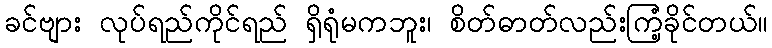
ခင်ဗျား လုပ်ရည်ကိုင်ရည် ရှိရုံမကဘူး၊ စိတ်ဓာတ်လည်းကြံ့ခိုင်တယ်။